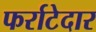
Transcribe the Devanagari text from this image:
फर्राटेदार